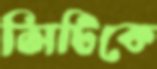
সিটিকে